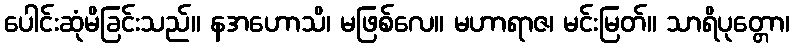
ပေါင်းဆုံမိခြင်းသည်။ နအဟောသိ၊ မဖြစ်လေ။ မဟာရာဇ၊ မင်းမြတ်။ သာရိပုတ္တော၊